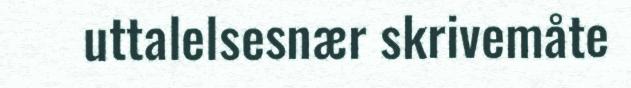
uttalelsesnær skrivemåte